Annual report of the Punjab Veterinary College and of the Civil Veterinary Department, Punjab - 1926-1932
Year: 1926
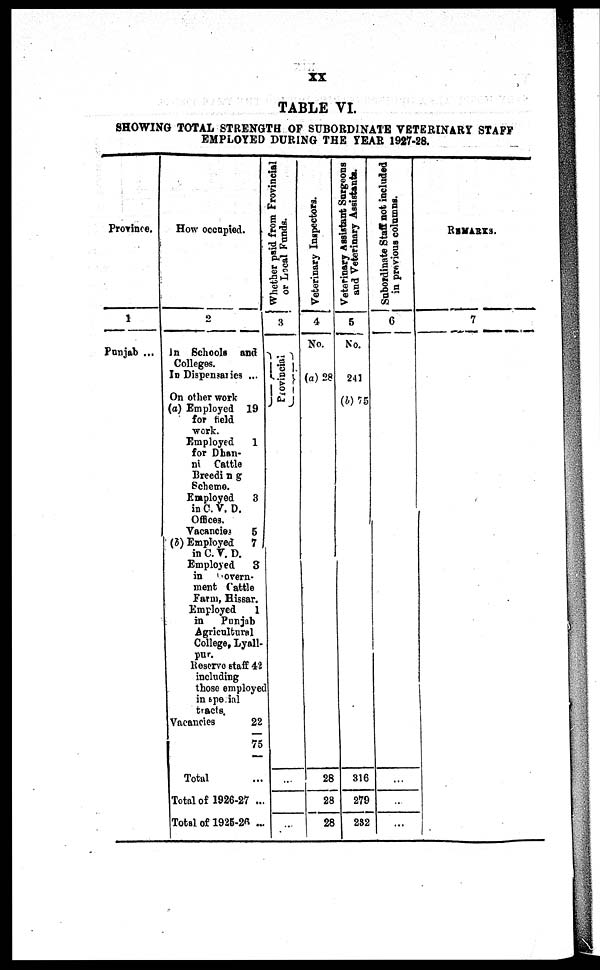
xx
TABLE VI.
SHOWING TOTAL STRENGTH OF SUBORDINATE VETERINARY STAFF
EMPLOYED DURING THE YEAR 1927-28.
Province.
1
Punjab ...
How occupied.
2
In Schools and
Colleges.
In Dispensaries ...
On other work
(a) Employed 19
for field
work.
Employed
1
for Dhan¬
ni Cattle
Breeding
Scheme.
Employed
3
in C. V. D.
Offices.
Vacancies
5
(b) Employed
7
in C. V. D.
Employed
3
in
overn¬
ment Cattle
Farm, Hissar.
Employed
1
in
Punjab
Agricultural
College, Lyall¬
pur.
Reserve staff 42
including
those employee
in special
tracts.
Vacancies
22
75
Total ...
Total of 1926-27 ...
Total of 1926-26 ...
Whether paid from Provincial
or Local Funds.
3
Provincial
...
...
Veterinary Inspectors.
4
No.
(a) 28
28
28
28
Veterinary Assistant surgeons
and Veterinary Assistants.
5
No.
241
(b) 75
316
279
232
Subordinate Staff not included
in previous columns.
6
...
...
...
REMARKS.
7